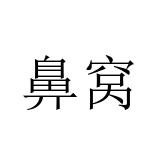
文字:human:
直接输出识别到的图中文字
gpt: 鼻窝